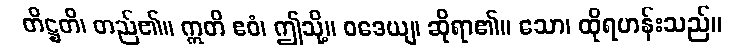
တိဋ္ဌတိ၊ တည်၏။ ဣတိ ဧဝံ၊ ဤသို့။ ဝဒေယျ၊ ဆိုရာ၏။ သော၊ ထိုရဟန်းသည်။